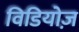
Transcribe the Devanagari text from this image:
विडियोज़